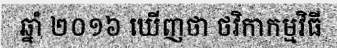
ឆ្នាំ ២០១៦ ឃើញថា ថវិកាកម្មវិធី